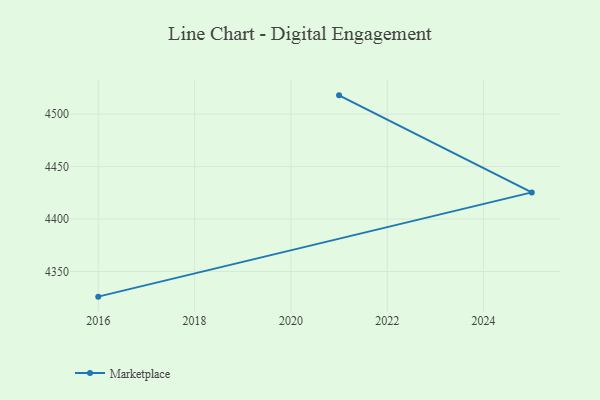
{"axis": {"x": "Year", "y": "Tickets Resolved"}, "legend": ["Marketplace"], "data": [{"x": "2021", "y": 4517.9, "type": "Marketplace"}, {"x": "2025", "y": 4425.4, "type": "Marketplace"}, {"x": "2016", "y": 4326.0, "type": "Marketplace"}]}